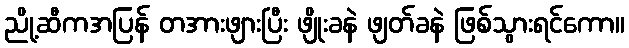
ညို့ဆီကအပြန် တအားဖျားပြီး ဖျိုးခနဲ ဖျတ်ခနဲ ဖြစ်သွားရင်ကော။